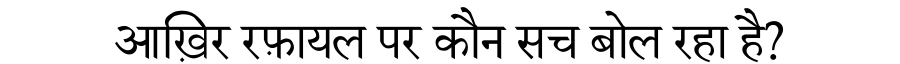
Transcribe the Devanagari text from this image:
आख़िर रफ़ायल पर कौन सच बोल रहा है?